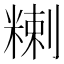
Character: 𥻃